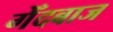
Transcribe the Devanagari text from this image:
गेँदबाज